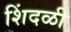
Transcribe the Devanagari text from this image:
शिंदळी